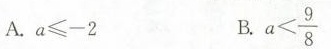
A.$$a ≤ -2$$ B. $$a < \frac{9}{8}$$